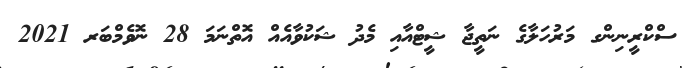
ސްކްރީނިންގ މަރުހަލާގެ ނަތީޖާ ޝީޓްއާއި މެދު ޝަކުވާއެއް އޮތްނަމަ 28 ނޮވެމްބަރ 2021